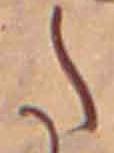
た